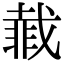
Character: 𮧇